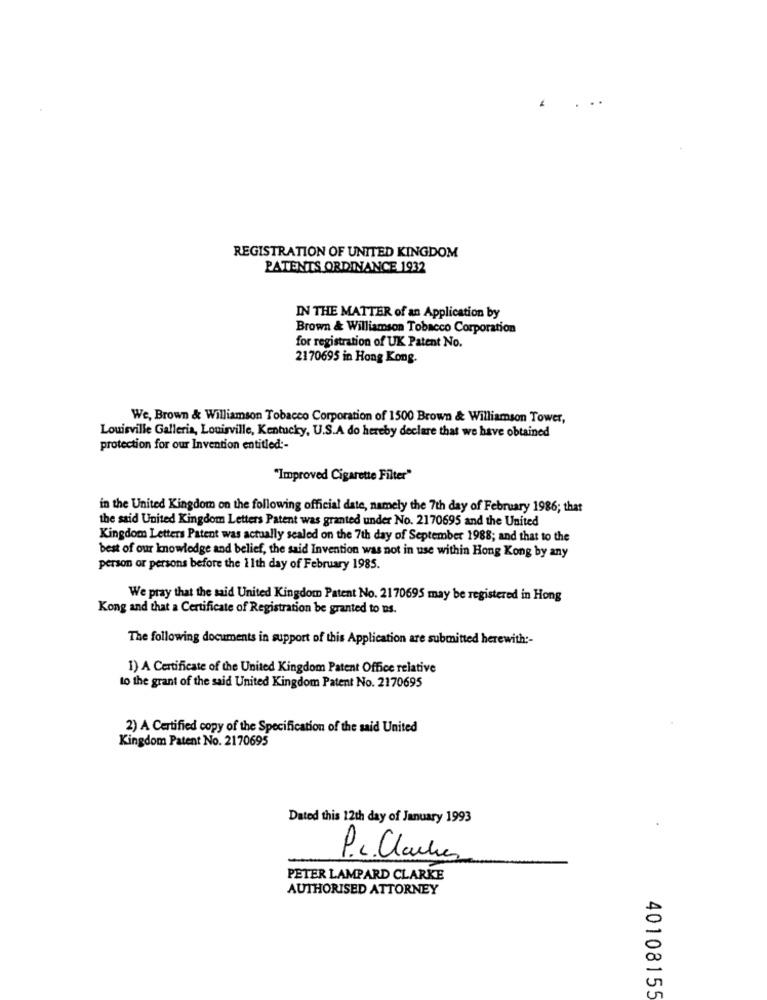
REGISTRATION OF UNITED KINGDOM
PATENTS ORDINANCE 1932
IN THE MATTER of an Application by
Brown & Williamson Tobacco Corporation
for registration of UK Patent No.
2170695 in Hong Kong.
We, Brown & Williamson Tobacco Corporation of 1500 Brown & Williamson Tower,
Louisville Galleria, Louisville, Kentucky, U.S.A do hereby declare that we have obtained
protection for our Invention entitled :-
"Improved Cigarette Filter"
in the United Kingdom on the following official date, namely the 7th day of February 1986; that
the said United Kingdom Letters Patent was granted under No. 2170695 and the United
Kingdom Letters Patent was actually sealed on the 7th day of September 1988; and that to the
best of our knowledge and belief, the said Invention was not in use within Hong Kong by any
person or persons before the 1 1th day of February 1985.
We pray that the said United Kingdom Patent No. 2170695 may be registered in Hong
Kong and that a Certificate of Registration be granted to ns.
The following documents in support of this Application are submitted herewith :-
1) A Certificate of the United Kingdom Patent Office relative
to the grant of the said United Kingdom Patent No. 2170695
2) A Certified copy of the Specification of the said United
Kingdom Patent No. 2170695
Dated this 12th day of January 1993
P.c. Clarke
PETER LAMPARD CLARKE
AUTHORISED ATTORNEY
40108155